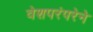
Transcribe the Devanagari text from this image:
वेशपरंपरेने